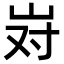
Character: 𫵹